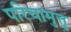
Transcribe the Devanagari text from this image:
परिचामुत्तु